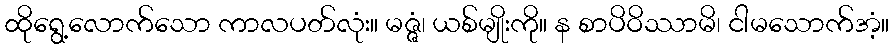
ထိုရွေ့လောက်သော ကာလပတ်လုံး။ မဇ္ဇံ၊ ယစ်မျိုးကို။ န စာပိဝိဿာမိ၊ ငါမသောက်အံ့။